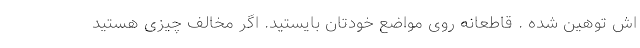
اش توهین شده . قاطعانه روی مواضع خودتان بایستید. اگر مخالف چیزی هستید